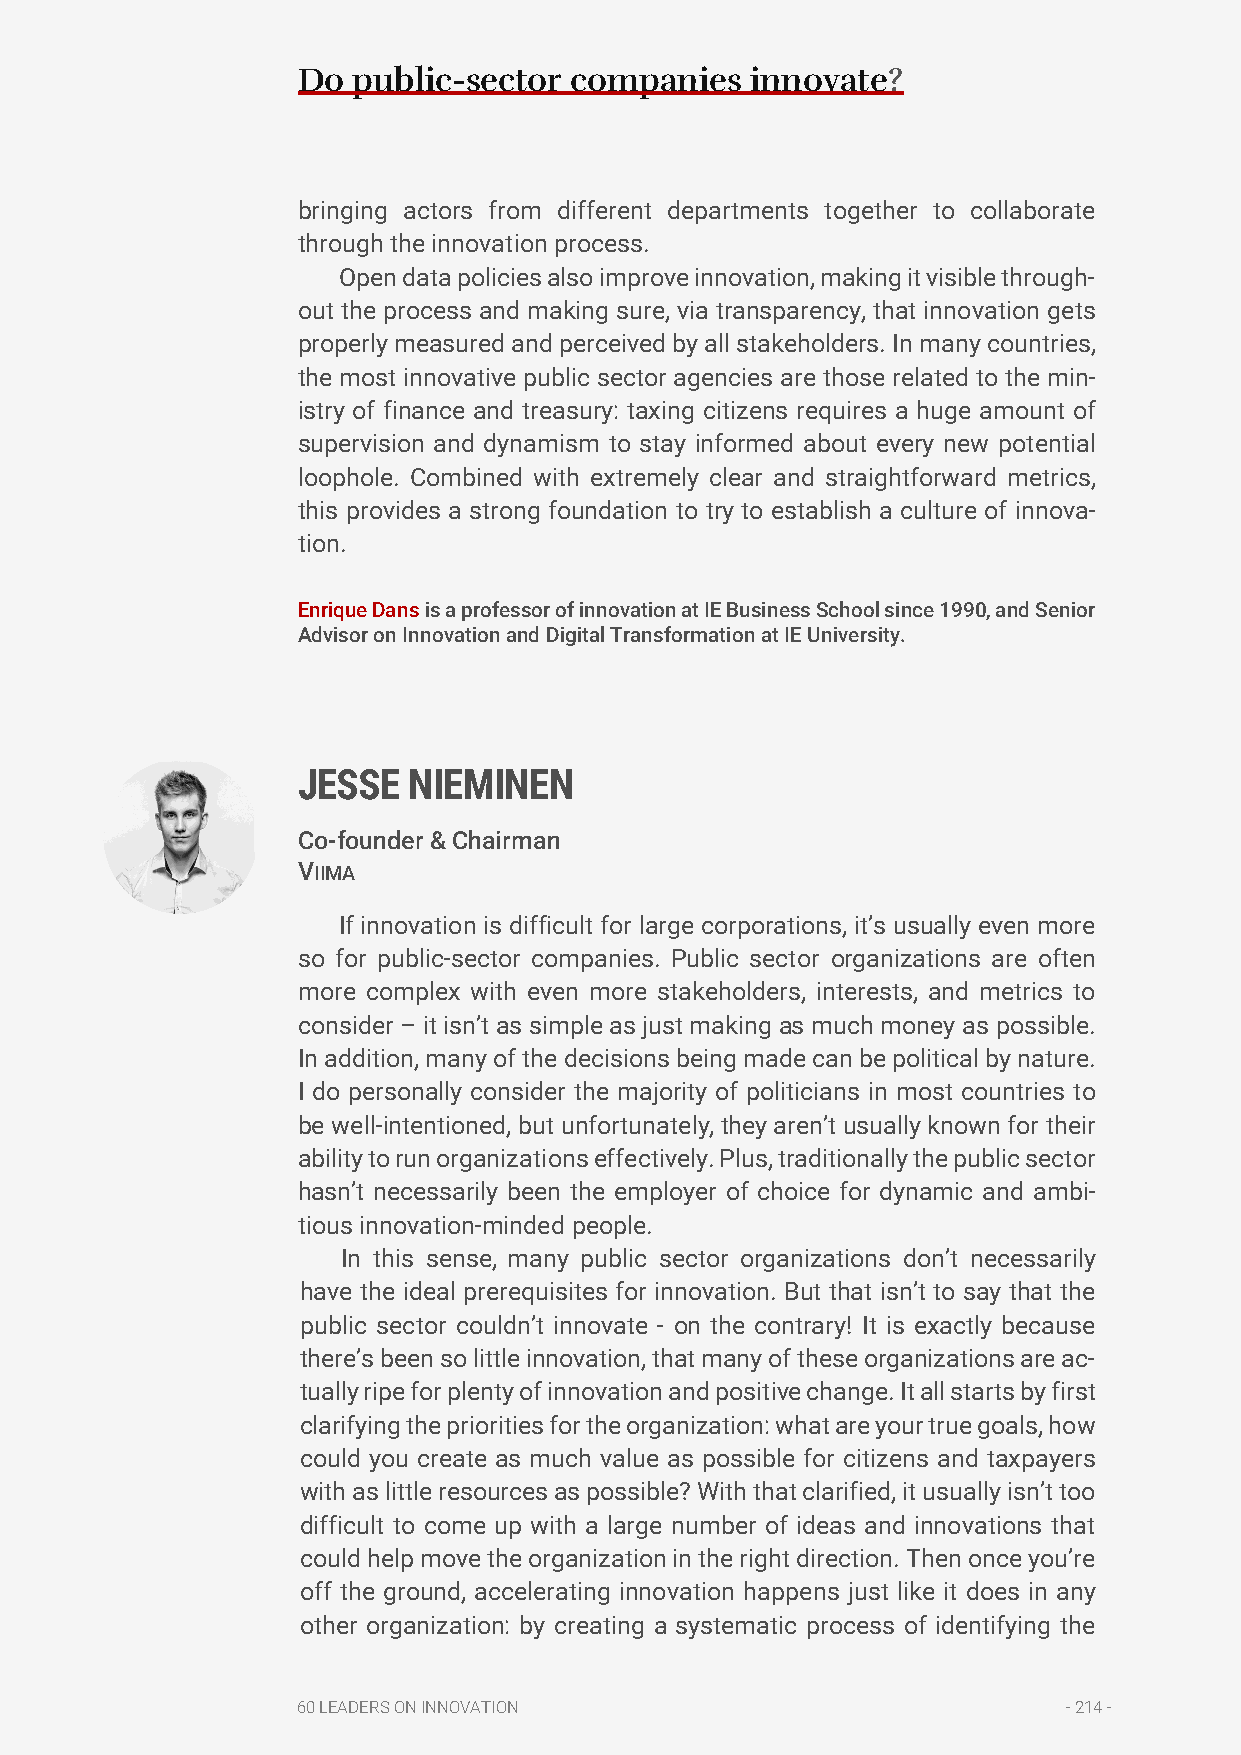
Do public-sector  companies   innovate?
 bringing actors from different departments together to collaborate
 through the innovation process.
 Open data policies also improve innovation, making it visible through-
 out the process and making sure, via transparency, that innovation gets
 properly measured and perceived by all stakeholders. In many countries,
 the most innovative public sector agencies are those related to the min-
 istry of finance and treasury: taxing citizens requires a huge amount of
 supervision and dynamism to stay informed about every new potential
 loophole. Combined with extremely clear and straightforward metrics,
 this provides a strong foundation to try to establish a culture of innova-
 tion.
 Enrique Dans is a professor of innovation at IE Business School since 1990, and Senior
 Advisor on Innovation and Digital Transformation at IE University.
 JESSE  NIEMINEN
 Co-founder & Chairman
 VIIMA
 If innovation is difficult for large corporations, it’s usually even more
 so for public-sector companies. Public sector organizations are often
 more complex with even more stakeholders, interests, and metrics to
 consider – it isn’t as simple as just making as much money as possible.
 In addition, many of the decisions being made can be political by nature.
 I do personally consider the majority of politicians in most countries to
 be well-intentioned, but unfortunately, they aren’t usually known for their
 ability to run organizations effectively. Plus, traditionally the public sector
 hasn’t necessarily been the employer of choice for dynamic and ambi-
 tious innovation-minded people.
 In this sense, many public sector organizations don’t necessarily
 have the ideal prerequisites for innovation. But that isn’t to say that the
 public sector couldn’t innovate - on the contrary! It is exactly because
 there’s been so little innovation, that many of these organizations are ac-
 tually ripe for plenty of innovation and positive change. It all starts by first
 clarifying the priorities for the organization: what are your true goals, how
 could you create as much value as possible for citizens and taxpayers
 with as little resources as possible? With that clarified, it usually isn’t too
 difficult to come up with a large number of ideas and innovations that
 could help move the organization in the right direction. Then once you’re
 off the ground, accelerating innovation happens just like it does in any
 other organization: by creating a systematic process of identifying the
 60 LEADERS ON INNOVATION                           - 214 -